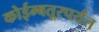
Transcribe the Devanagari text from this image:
कोईम्बतूरपर्यंत